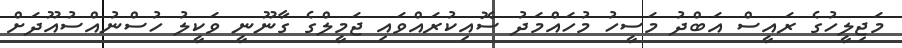
މަޖިލީހުގެ ރައީސް އަބްދު މަސީހު މުހައްމަދު ސޮއިކުރައްވައި ޖަމީލްގެ ގާނޫނީ ވަކީލު ހުސްނުއްސުއޫދަށް